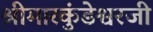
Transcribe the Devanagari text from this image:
श्रीमारकुंडेश्वरजी